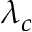
\lambda _ { c }